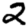
Digit: 2